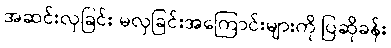
အဆင်းလှခြင်း မလှခြင်းအကြောင်းများကို ပြဆိုခန်း